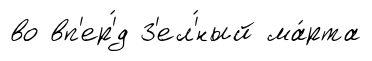
во вп'ер'́д З'ел'́ный ма́рта